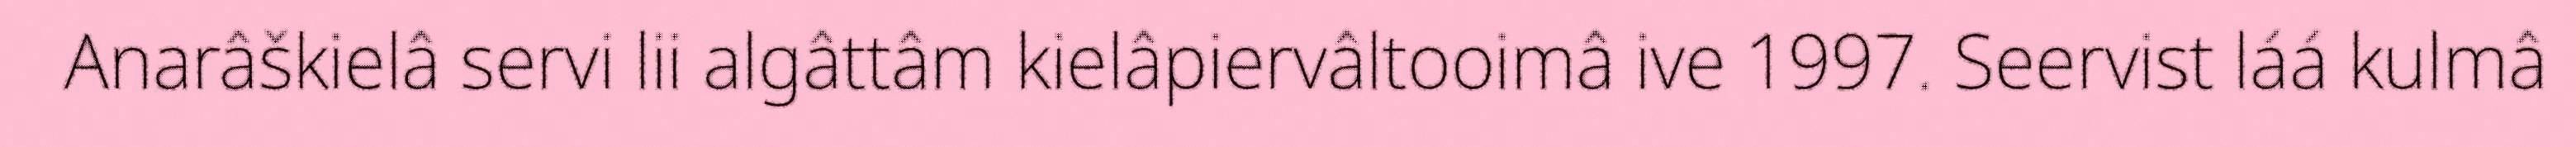
Anarâškielâ servi lii algâttâm kielâpiervâltooimâ ive 1997. Seervist láá kulmâ